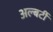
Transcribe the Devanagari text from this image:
अल्बर्टी